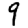
Digit: 9